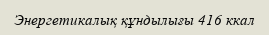
Энергетикалық құндылығы 416 ккал